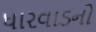
ધારવાડનો